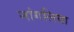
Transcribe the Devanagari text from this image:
नांगलिया